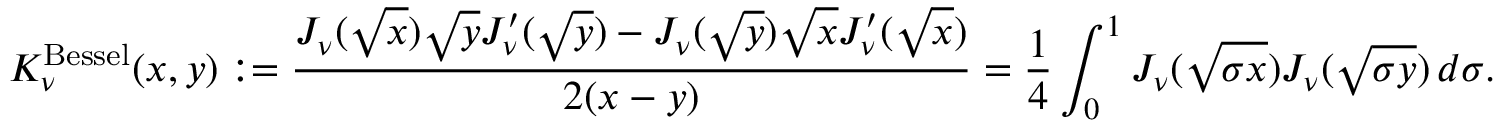
K _ { \nu } ^ { \mathrm { B e s s e l } } ( x , y ) : = \frac { J _ { \nu } ( \sqrt { x } ) \sqrt { y } J _ { \nu } ^ { \prime } ( \sqrt { y } ) - J _ { \nu } ( \sqrt { y } ) \sqrt { x } J _ { \nu } ^ { \prime } ( \sqrt { x } ) } { 2 ( x - y ) } = \frac { 1 } { 4 } \int _ { 0 } ^ { 1 } J _ { \nu } ( \sqrt { \sigma x } ) J _ { \nu } ( \sqrt { \sigma y } ) \, d \sigma .